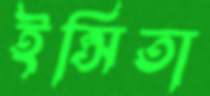
ইপ্সিতা